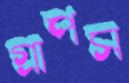
গ্রাপস